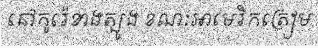
នៅកូរ៉េខាងត្បូង ខណៈអាមេរិកត្រៀម